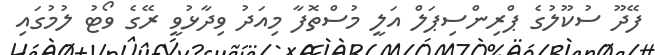
ފޭދޫ ސުކޫލުގެ ޕްރިންސިޕަލް އަލީ މުސްތޮފާ މިއަދު ވިދާޅުވީ ރޭގެ ވޯޓު ލުމުގައި